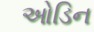
ઓડિન